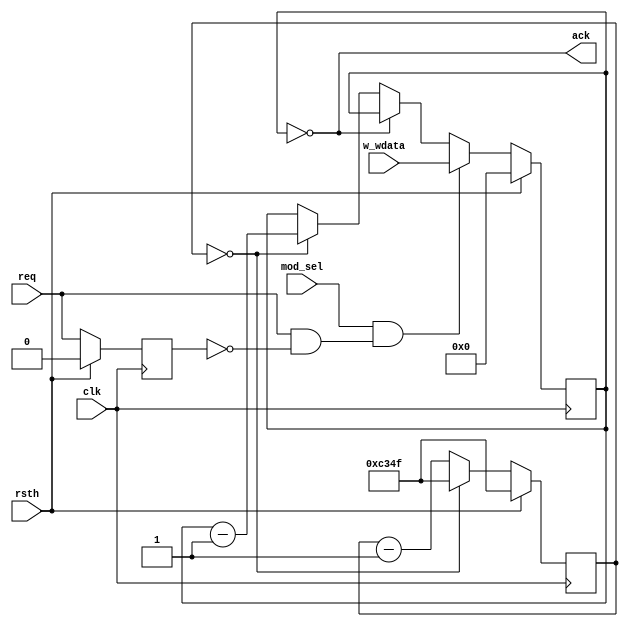
module timer_wait(
  input wire clk,
  input wire rsth,
  input wire mod_sel,
  input wire req,
  input wire [7:0] w_wdata,
  output wire ack
);
  wire        en_wait_countup;  
  reg [15:0]  en_wait_cnt;      
  reg [7:0]   wait_cnt;
  reg         req_1d;
  wire        req_pe;
  always @(posedge clk) begin
    if(rsth) req_1d <= 0;
    else     req_1d <= req;
  end
  assign req_pe = (mod_sel) & (req & ~req_1d);
  always @(posedge clk) begin
    if(rsth) en_wait_cnt <= 49999;
    else if(en_wait_cnt == 0) en_wait_cnt <= 49999;
    else                      en_wait_cnt <= en_wait_cnt - 1;
  end
  assign en_wait_countup = (en_wait_cnt == 0);
  always @(posedge clk) begin
    if(rsth) wait_cnt <= 0;
    else if(req_pe)           wait_cnt <= w_wdata;
    else if(wait_cnt == 0)    wait_cnt <= wait_cnt;
    else if(en_wait_countup)  wait_cnt <= wait_cnt - 1;
  end
  assign ack = (wait_cnt == 0);
endmodule